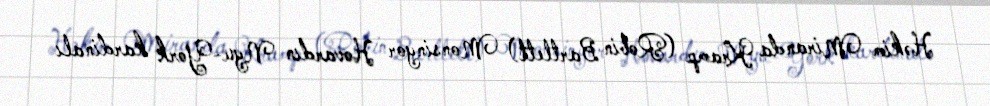
Həkim Miranda Kramp (Robin Bartlett) Monsinyor Hovardın Nyu-York kardinalı